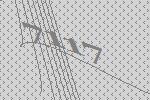
7117